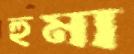
হুমা